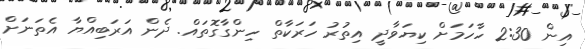
އިން 2:30 ހާހަމަށް ކިޔަވާދީ އިތުރު ހަރަކާތް ހިންގާގޮތައް. ދެން އަރަބިއްޔާ އެތަނަށް